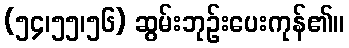
(၅၄၊၅၅၊၅၆) ဆွမ်းဘုဉ်းပေးကုန်၏။